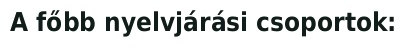
A főbb nyelvjárási csoportok: